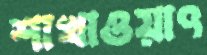
শাখাওয়াৎ